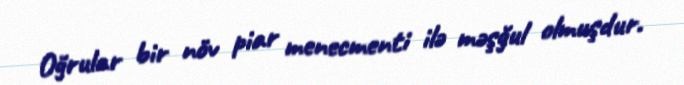
Oğrular bir növ piar menecmenti ilə məşğul olmuşdur.